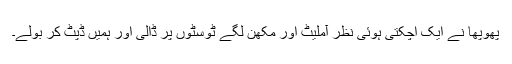
پھوپھا نے ایک اچکتی ہوئی نظر آملیٹ اور مکھن لگے ٹوسٹوں پر ڈالی اور ہمیں ڈپٹ کر بولے۔